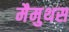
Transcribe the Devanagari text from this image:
मैमुथस